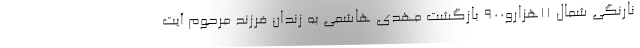
نارنگی شمال 11هزارو900 بازگشت مهدی هاشمی به زندان فرزند مرحوم آیت